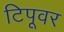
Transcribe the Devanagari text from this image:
टिपूवर